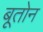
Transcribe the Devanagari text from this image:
बूतोन